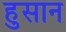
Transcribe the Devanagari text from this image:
हुसान